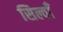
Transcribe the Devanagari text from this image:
सिल्वाँ